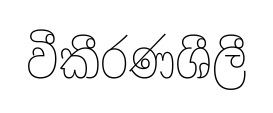
වීකීරණශීලී